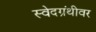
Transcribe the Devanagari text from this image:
स्वेदग्रंथीवर